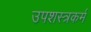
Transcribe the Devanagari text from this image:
उपशस्त्रकर्म